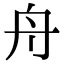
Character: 舟